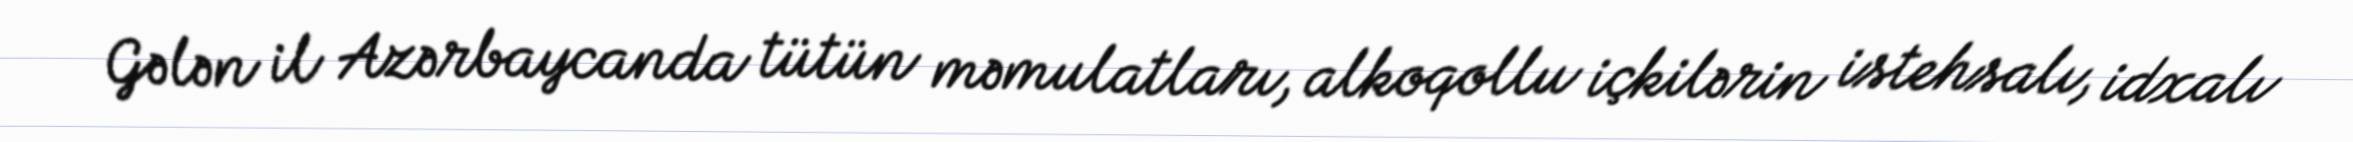
Gələn il Azərbaycanda tütün məmulatları, alkoqollu içkilərin istehsalı, idxalı